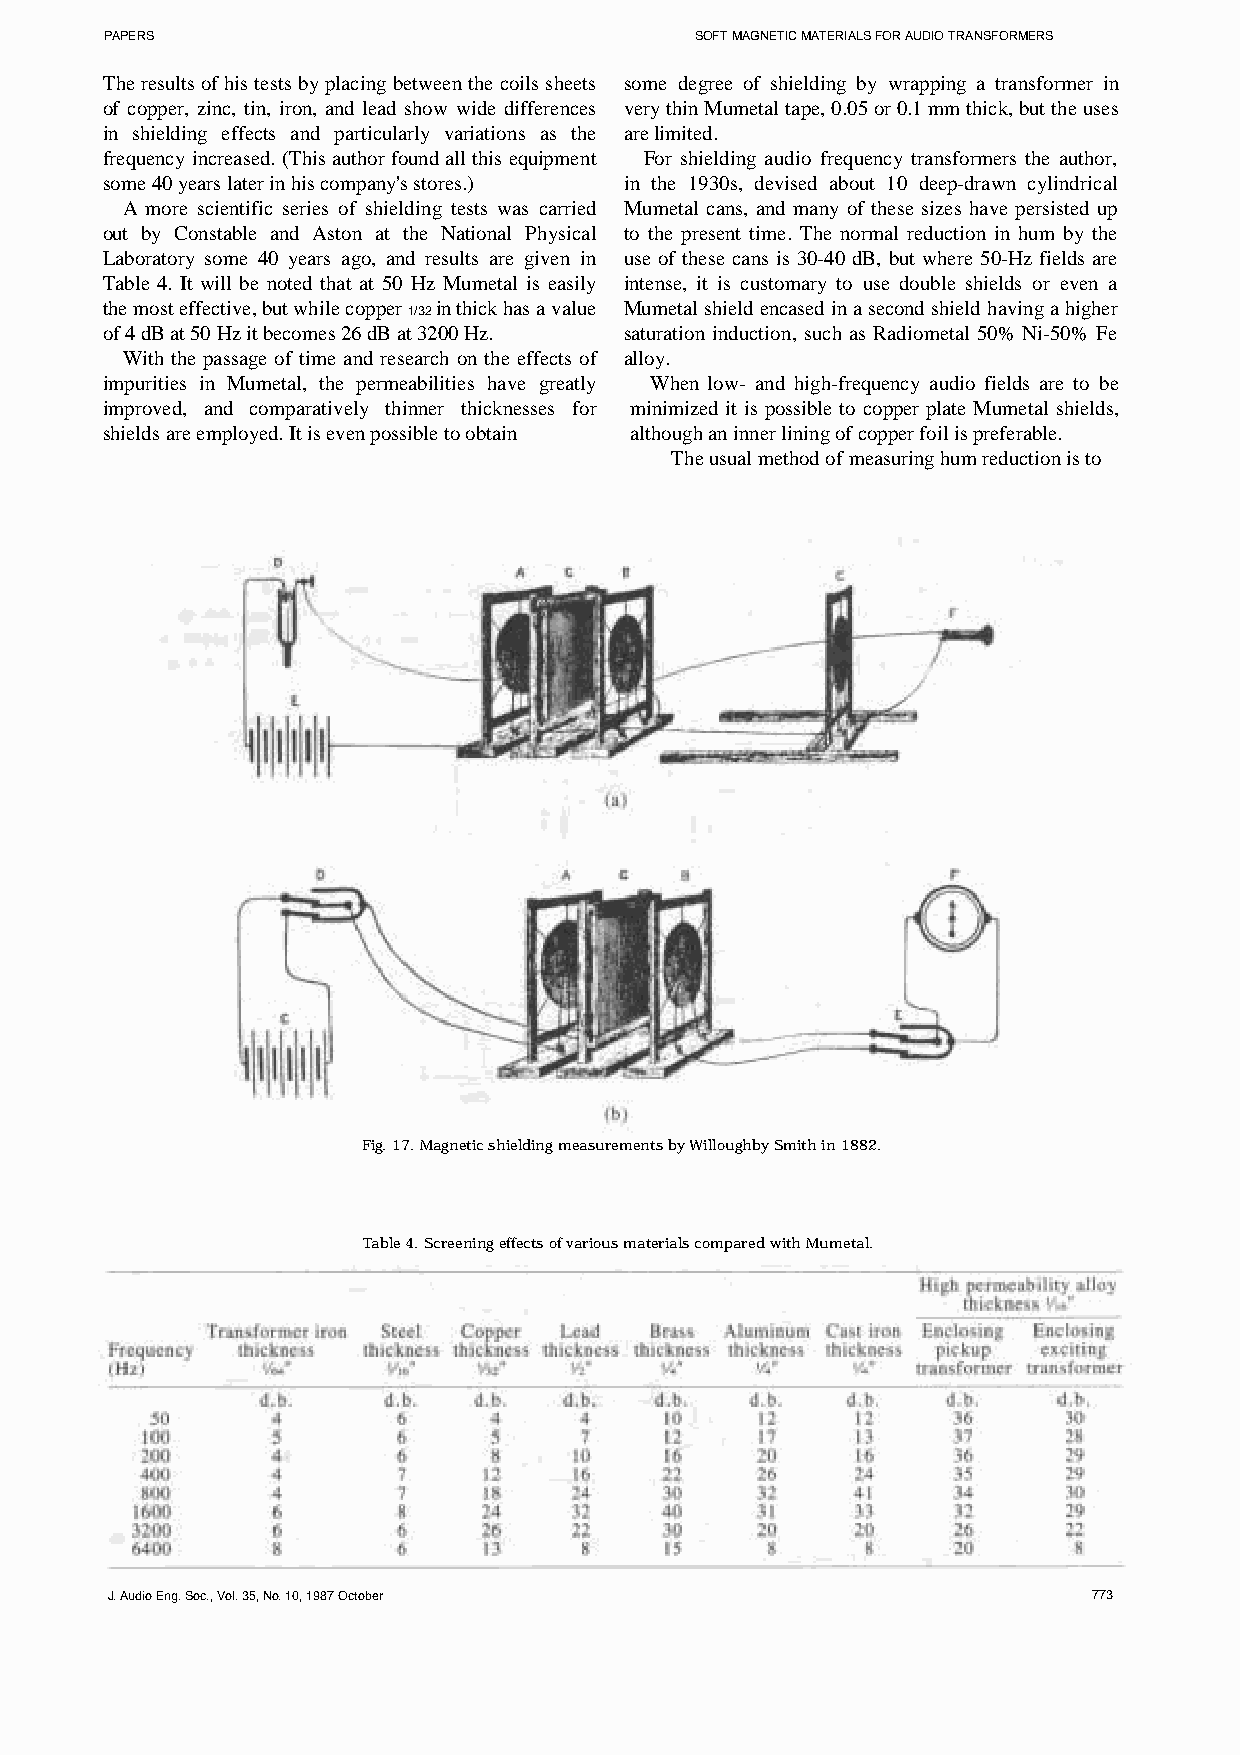
PAPERS                                 SOFT MAGNETIC MATERIALS FOR AUDIO TRANSFORMERS
 The results of his tests by placing between the coils sheets some degree of shielding by wrapping a transformer in
 of copper, zinc, tin, iron, and lead show wide differences very thin Mumetal tape, 0.05 or 0.1 mm thick, but the uses
 in shielding effects and particularly variations as the are limited.
 frequency increased. (This author found all this equipment For shielding audio frequency transformers the author,
 some 40 years later in his company's stores.) in the 1930s, devised about 10 deep-drawn cylindrical
 A more scientific series of shielding tests was carried Mumetal cans, and many of these sizes have persisted up
 out by Constable and Aston at the National Physical to the present time. The normal reduction in hum by the
 Laboratory some 40 years ago, and results are given in use of these cans is 30-40 dB, but where 50-Hz fields are
 Table 4. It will be noted that at 50 Hz Mumetal is easily intense, it is customary to use double shields or even a
 the most effective, but while copper in thick has a value Mumetal shield encased in a second shield having a higher
 1/32
 of 4 dB at 50 Hz it becomes 26 dB at 3200 Hz. saturation induction, such as Radiometal 50% Ni-50% Fe
 With the passage of time and research on the effects of alloy.
 impurities in Mumetal, the permeabilities have greatly When low- and high-frequency audio fields are to be
 improved, and comparatively thinner thicknesses for minimized it is possible to copper plate Mumetal shields,
 shields are employed. It is even possible to obtain although an inner lining of copper foil is preferable.
 The usual method of measuring hum reduction is to
 Fig. 17. Magnetic shielding measurements by Willoughby Smith in 1882.
 Table 4. Screening effects of various materials compared with Mumetal.
 J. Audio Eng. Soc., Vol. 35, No. 10, 1987 October                773